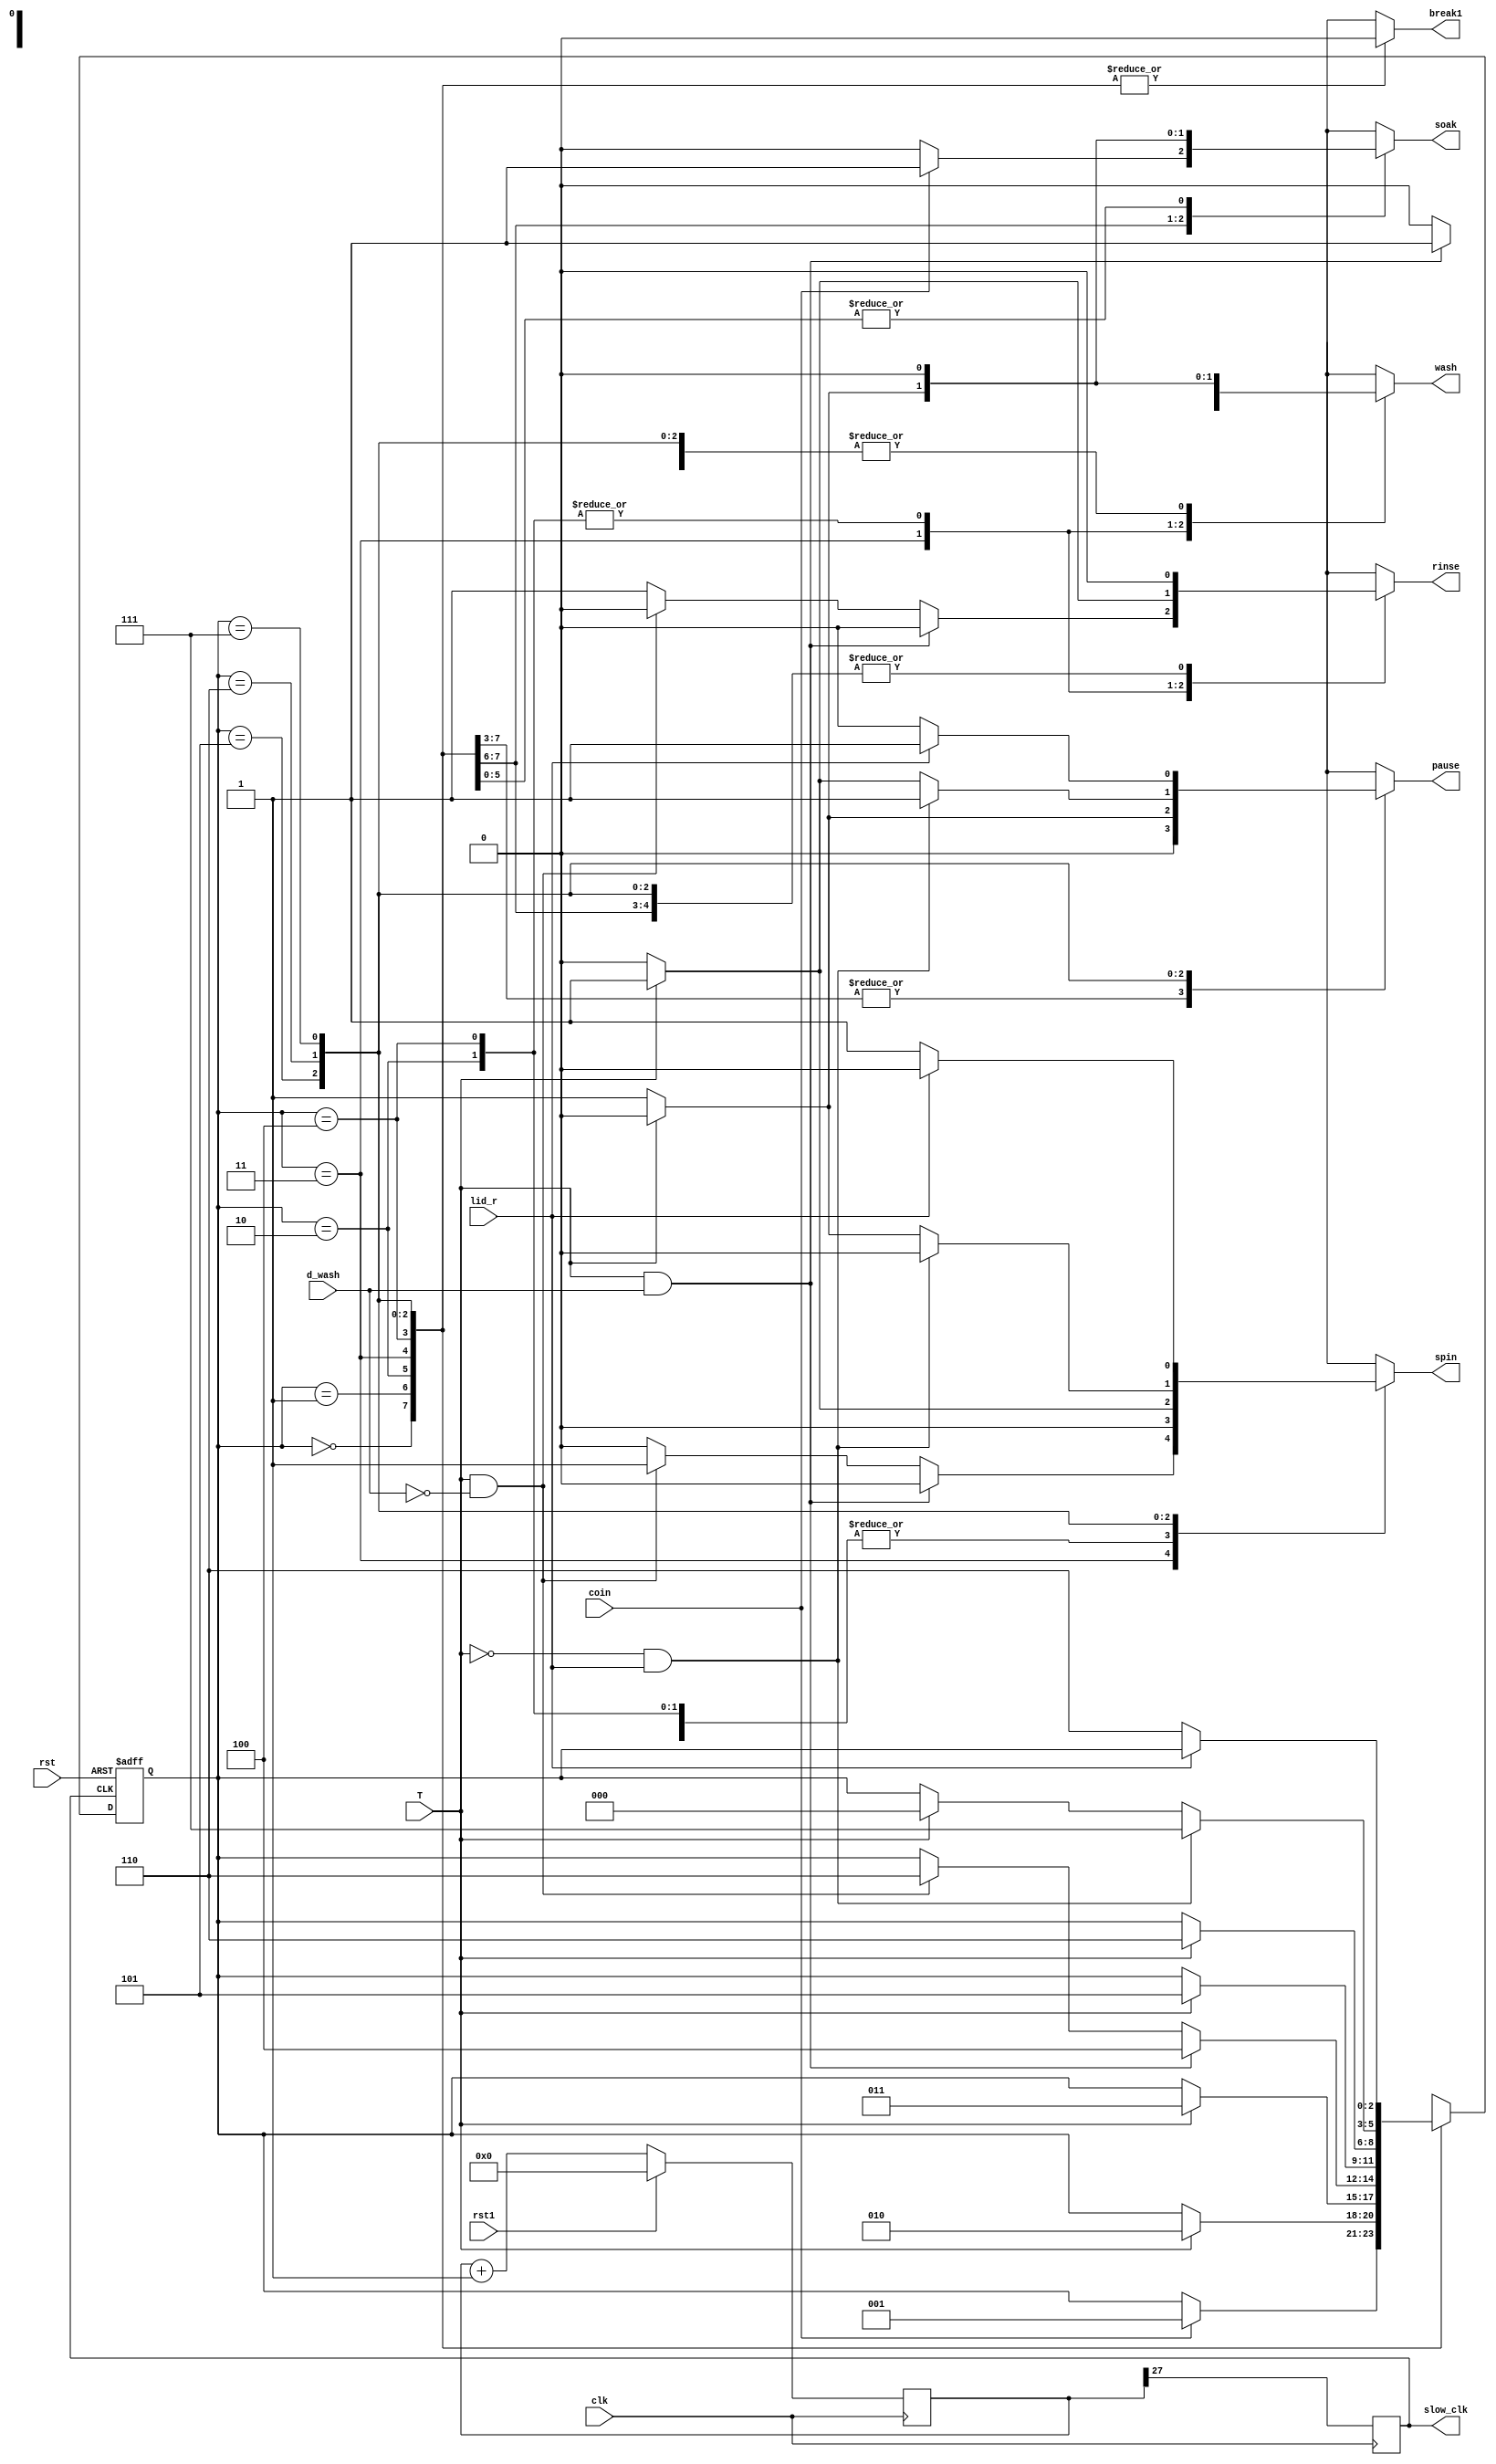
module wm(clk,rst,coin, lid_r, d_wash, T, soak,rinse, spin, wash,pause,break1,slow_clk,rst1); 
input clk,rst,coin,lid_r,d_wash,T,rst1; 
output reg soak,rinse,spin,wash,pause,break1; 
reg[2:0] cst, nst; // state assignment 
 
    output reg slow_clk;
    
   reg [27:0]count;
	always@(posedge clk)
	begin
	      if(rst1)
			count<=27'b0;
			else
			count<=count+1;
			slow_clk<=count[27];
	end
parameter IDLE = 3'b000, SOAK = 3'b001, WASH=3'b010, RINSE=3'b011, WASH2=3'b100, RINSE2=3'b101, SPIN=3'b110, PAUSH=3'b111; 

always @(cst or coin or d_wash or lid_r or T) 
begin 
case (cst) 
IDLE: 
if(coin==1) 
begin 
nst=SOAK; 
soak=1; 
rinse=0; 
spin=0; 
wash=0; 
pause=0; 
break1=0; 
end 
else 
begin 
nst=cst; 
soak=0; 
rinse=0; 
spin=0; 
wash=0; 
pause=0; 
break1=0; 
end 
SOAK: 
if(T==1) 
begin 
nst=WASH; 
soak=0; 
rinse=0; 
spin=0; 
wash=1; 
pause=0; 
break1=0; 
end 
else 
begin 
nst=cst; 
soak=1; 
rinse=0; 
spin=0; 
wash=0; 
pause=0; 
break1=0; 
end 
WASH: 
if(T==1) 
begin 
nst=RINSE; 
soak=0; 
rinse=1; 
spin=0; 
wash=0; 
pause=0; 
break1=0; 
end 
else 
begin 
nst=cst; 
soak=0; 
rinse=0; 
spin=0; 
wash=1; 
pause=0; 
break1=0; 
end 
RINSE: 
if(T==1 && d_wash==1) 
begin 
nst=WASH2; 
soak=0; 
rinse=0; 
spin=0; 
wash=1; 
pause=0; 
break1=0; 
end 
else 
if(T==1 && d_wash==0) 
begin 
nst=SPIN; 
soak=0; 
rinse=0; 
spin=1; 
wash=0; 
pause=0; 
break1=0; 
end 
else 
begin 
nst=cst; 
soak=0; 
rinse=1; 
spin=0; 
wash=0; 
pause=0; 
break1=0; 
end 
WASH2: 
if(T==1) 
begin 
nst=RINSE2; 
soak=0; 
rinse=1; 
spin=0; 
wash=0; 
pause=0; 
break1=0; 
end 
else 
begin 
nst=cst; 
soak=0; 
rinse=0; 
spin=0; 
wash=1; 
pause=0; 
break1=0; 
end 
RINSE2: 
if(T==1) 
begin 
nst=SPIN; 
soak=0; 
rinse=0; 
spin=1; 
wash=0; 
pause=0; 
break1=0; 
end 
else 
begin 
nst=cst; 
soak=0; 
rinse=0; 
spin=0; 
wash=0; 
pause=1;
break1=0; 
end 
SPIN: 
if(T==0 && lid_r==1) 
begin 
nst=PAUSH; 
soak=0; 
rinse=0; 
spin=0; 
wash=0; 
pause=1; 
break1=0; 
end 
else 
if(T==1) 
begin 
nst=IDLE; 
soak=0; 
rinse=0; 
spin=0; 
wash=0; 
pause=1; 
break1=0; 
end 
else 
begin 
nst=cst; 
soak=0; 
rinse=0; 
spin=1; 
wash=0; 
pause=0; 
break1=0; 
end 
PAUSH: 
if(lid_r==0) 
begin 
nst=SPIN; 
soak=0; 
rinse=0; 
spin=1; 
wash=0; 
pause=0; 
break1=0; 
end 
else 
begin 
nst=cst; 
soak=0; 
rinse=0; 
spin=0; 
wash=0; 
pause=1; 
break1=0; 
end 
default: 
nst=IDLE;
endcase 
end 

always @(posedge slow_clk or negedge rst) 
begin 
if (rst==0) 
cst <= IDLE; 
else 
cst <= nst; 
end   

endmodule